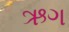
ઋગ